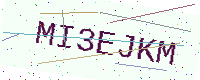
Text: MI3EJKM